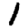
Digit: 1